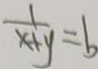
\frac { 1 } { x + y } = b